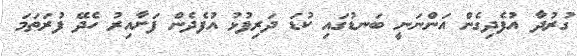
ގުރުދާ އުފެދިގެން އަންނަނީ ބަނޑުގައި ކުޑަ ދަރިފުޅު އުފެދެން ފަށާއިރު ހެދޭ ފުރަތަމަ